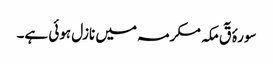
سورۂ قٓ مکہ مکرمہ میں نازل ہوئی ہے۔